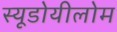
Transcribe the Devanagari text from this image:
स्यूडोयीलोम